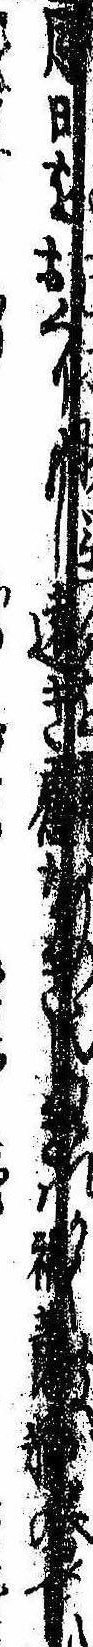
月日をおくりもし遠き慮なきときは禍蕭牆の下